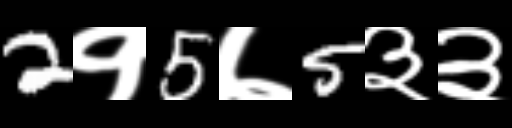
Text: 2१5७5३३